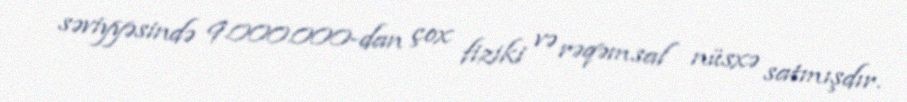
səviyyəsində 9.000.000-dan çox fiziki və rəqəmsal nüsxə satmışdır.